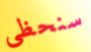
سنحظى